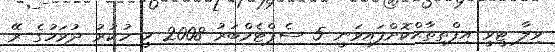
ވިލާ ޓީވީ އިފްތިތާޙްކޮށްފައިވަނީ 5 ސެޕްޓެމްބަރު 2008 ވީ ހުކުރު ދުވަހުގެ ރޭ